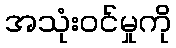
အသုံးဝင်မှုကို